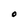
Character: O